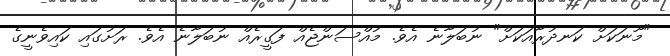
"މޫނަކަށް ކަނދުރާއަކަށް" ނުބަލާނެ އެވެ. މުއްސަންޖެއް ފަގީރެއް ނުބަލާނެ އެވެ. ރަށުގައި ކައިވެނީގެ